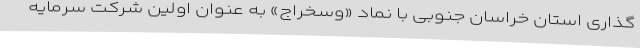
گذاری استان خراسان جنوبی با نماد «وسخراج» به عنوان اولین شرکت سرمایه